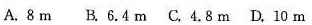
A. 8m B.6.4m C.4.8m D.10m